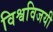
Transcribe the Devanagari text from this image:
विश्वविजयी